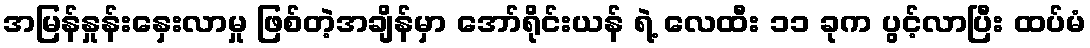
အမြန်နှုန်းနှေးလာမှု ဖြစ်တဲ့အချိန်မှာ အော်ရိုင်းယန် ရဲ့ လေထီး ၁၁ ခုက ပွင့်လာပြီး ထပ်မံ